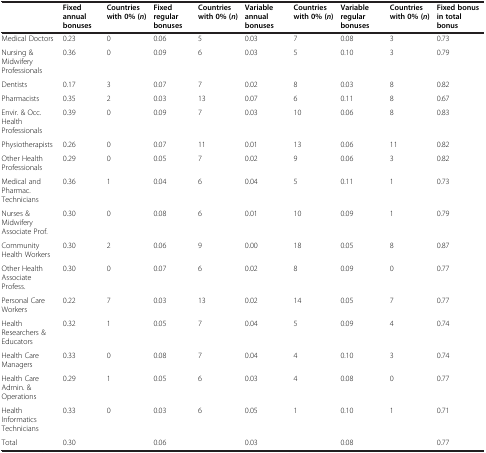
<table><thead><tr><td><b> </b></td><td><b>Fixed annual bonuses</b></td><td><b>Countries with 0% ( <i>n </i>)</b></td><td><b>Fixed regular bonuses</b></td><td><b>Countries with 0% ( <i>n </i>)</b></td><td><b>Variable annual bonuses</b></td><td><b>Countries with 0% ( <i>n </i>)</b></td><td><b>Variable regular bonuses</b></td><td><b>Countries with 0% ( <i>n </i>)</b></td><td><b>Fixed bonus in total bonus</b></td></tr></thead><tbody><tr><td>Medical Doctors</td><td>0.23</td><td>0</td><td>0.06</td><td>5</td><td>0.03</td><td>7</td><td>0.08</td><td>3</td><td>0.73</td></tr><tr><td>Nursing &amp; Midwifery Professionals</td><td>0.36</td><td>0</td><td>0.09</td><td>6</td><td>0.03</td><td>5</td><td>0.10</td><td>3</td><td>0.79</td></tr><tr><td>Dentists</td><td>0.17</td><td>3</td><td>0.07</td><td>7</td><td>0.02</td><td>8</td><td>0.03</td><td>8</td><td>0.82</td></tr><tr><td>Pharmacists</td><td>0.35</td><td>2</td><td>0.03</td><td>13</td><td>0.07</td><td>6</td><td>0.11</td><td>8</td><td>0.67</td></tr><tr><td>Envir. &amp; Occ. Health Professionals</td><td>0.39</td><td>0</td><td>0.09</td><td>7</td><td>0.03</td><td>10</td><td>0.06</td><td>8</td><td>0.83</td></tr><tr><td>Physiotherapists</td><td>0.26</td><td>0</td><td>0.07</td><td>11</td><td>0.01</td><td>13</td><td>0.06</td><td>11</td><td>0.82</td></tr><tr><td>Other Health Professionals</td><td>0.29</td><td>0</td><td>0.05</td><td>7</td><td>0.02</td><td>9</td><td>0.06</td><td>3</td><td>0.82</td></tr><tr><td>Medical and Pharmac. Technicians</td><td>0.36</td><td>1</td><td>0.04</td><td>6</td><td>0.04</td><td>5</td><td>0.11</td><td>1</td><td>0.73</td></tr><tr><td>Nurses &amp; Midwifery Associate Prof.</td><td>0.30</td><td>0</td><td>0.08</td><td>6</td><td>0.01</td><td>10</td><td>0.09</td><td>1</td><td>0.79</td></tr><tr><td>Community Health Workers</td><td>0.30</td><td>2</td><td>0.06</td><td>9</td><td>0.00</td><td>18</td><td>0.05</td><td>8</td><td>0.87</td></tr><tr><td>Other Health Associate Profess.</td><td>0.30</td><td>0</td><td>0.07</td><td>6</td><td>0.02</td><td>8</td><td>0.09</td><td>0</td><td>0.77</td></tr><tr><td>Personal Care Workers</td><td>0.22</td><td>7</td><td>0.03</td><td>13</td><td>0.02</td><td>14</td><td>0.05</td><td>7</td><td>0.77</td></tr><tr><td>Health Researchers &amp; Educators</td><td>0.32</td><td>1</td><td>0.05</td><td>7</td><td>0.04</td><td>5</td><td>0.09</td><td>4</td><td>0.74</td></tr><tr><td>Health Care Managers</td><td>0.33</td><td>0</td><td>0.08</td><td>7</td><td>0.04</td><td>4</td><td>0.10</td><td>3</td><td>0.74</td></tr><tr><td>Health Care Admin. &amp; Operations</td><td>0.29</td><td>1</td><td>0.05</td><td>6</td><td>0.03</td><td>4</td><td>0.08</td><td>0</td><td>0.77</td></tr><tr><td>Health Informatics Technicians</td><td>0.33</td><td>0</td><td>0.03</td><td>6</td><td>0.05</td><td>1</td><td>0.10</td><td>1</td><td>0.71</td></tr><tr><td>Total</td><td>0.30</td><td> </td><td>0.06</td><td> </td><td>0.03</td><td> </td><td>0.08</td><td> </td><td>0.77</td></tr></tbody></table>